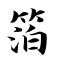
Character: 箔